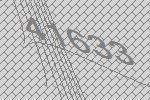
41633